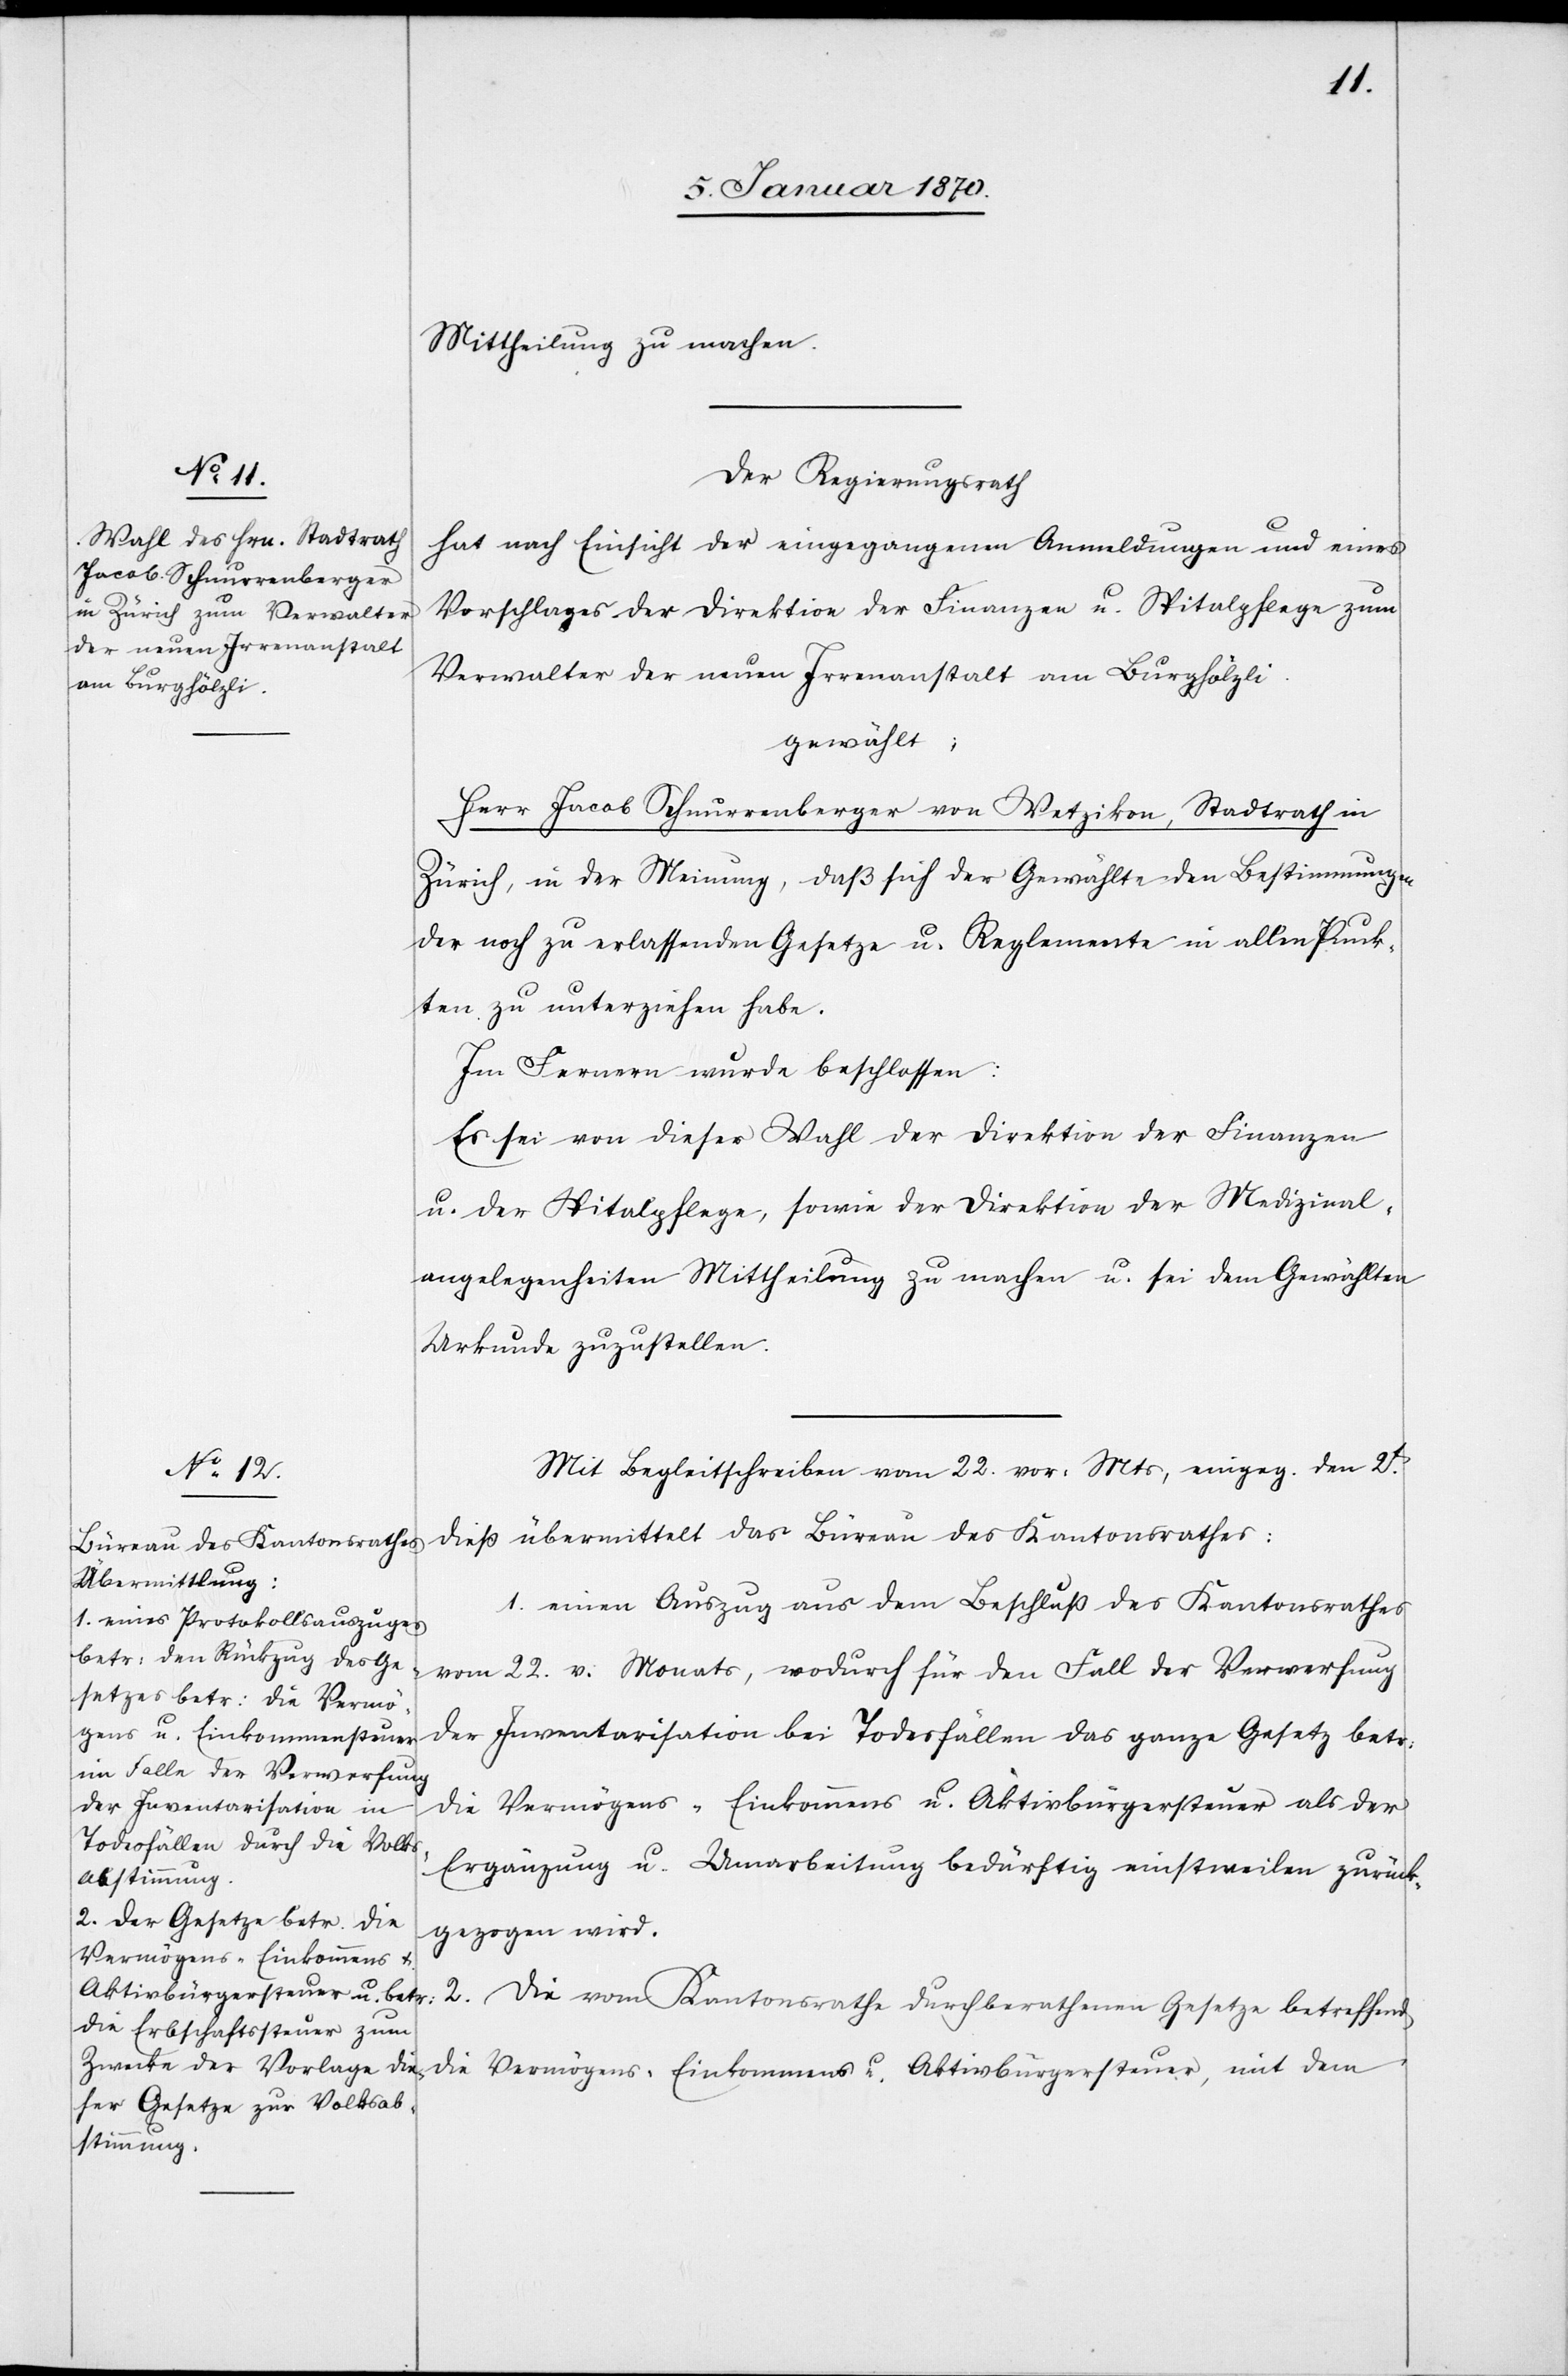
Mittheilung zu machen.
Der Regierungsrath
hat nach Einsicht der eingegangenen Anmeldungen und eines
Vorschlages der Direktion der Finanzen u. Spitalpflege zum
Verwalter der neuen Irrenanstalt am Burghölzli
gewählt:
Herr Jacob Schnurrenberger von Wetzikon, Stadtrath in
Zürich, in der Meinung, daß sich der Gewählte den Bestimmungen
der noch zu erlassenden Gesetze u. Reglemente in allen Punk¬
ten zu unterziehen habe.
Im Fernern wurde beschlossen:
Es sei von dieser Wahl der Direktion der Finanzen
u. der Spitalpflege, sowie der Direktion der Medizinal¬
angelegenheiten Mittheilung zu machen u. sei dem Gewählten
Urkunde zuzustellen.
Mit Begleitschreiben vom 22. vor: Mts, eingeg. den 27.
dieß übermittelt das Büreau des Kantonsrathes:
1. einen Auszug aus dem Beschluß des Kantonsrathes
vom 22. v. Monats, wodurch für den Fall der Verwerfung
der Inventarisation bei Todesfällen das ganze Gesetz betr:
die Vermögens-[,] Einkommens[-] u. Aktivbürgersteuer als der
Ergänzung u. Umarbeitung bedürftig einstweilen zurück¬
gezogen wird.
2. Die vom Kantonsrathe durchberathenen Gesetze betreffend
die Vermögens-[,] Einkommens[-] u. Aktivbürgersteuer, mit dem